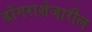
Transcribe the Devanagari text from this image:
डोंगराशेजारील